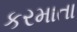
કરમાતા